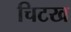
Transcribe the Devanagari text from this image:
चिटख